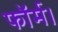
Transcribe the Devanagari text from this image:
फॉर्म।